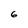
Character: 6